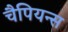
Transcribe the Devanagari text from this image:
चैपियन्स